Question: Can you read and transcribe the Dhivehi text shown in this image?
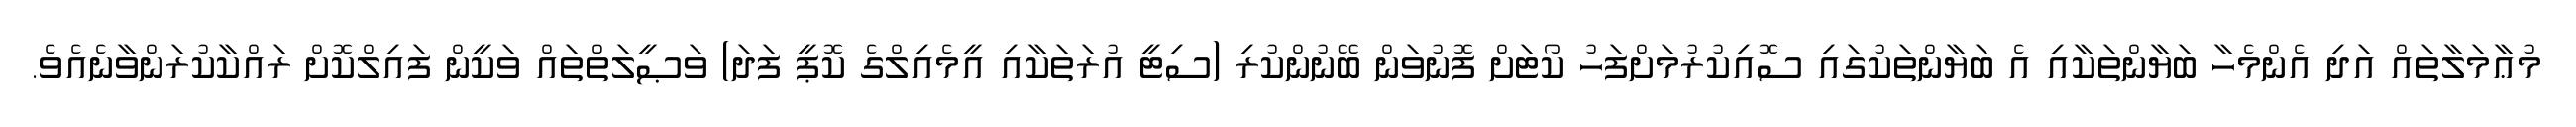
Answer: މުޢާމަލާތައް އަދި އެންމެހާ ބަޔާންތަކާއި އެ ބަޔާންތަކުގައި ސޮއިކުރުމަށްފަހު ކޯޓަށް ފޮނުވަން ބޭނުންކުރި (ސިޓީ އުރަތަކާއި އީމެއިލްގެ ކޮޕީ ފަދަ) ވަޞީލަތްތައް ވަކީން ފައިލްކޮށް ރައްކާކުރަންވާނެއެވެ.